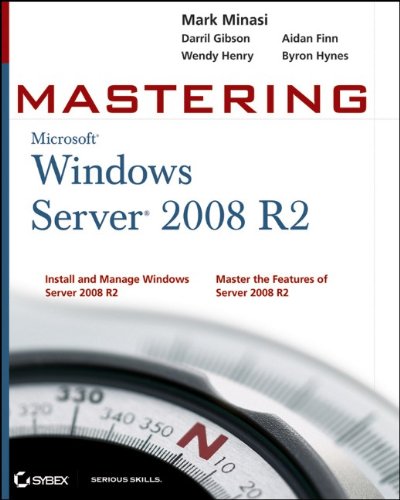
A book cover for Mastering Microsoft Windows Server 2008 R2; Mark Minasi; Computers & Technology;